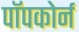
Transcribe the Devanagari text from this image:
पॉपकोर्न